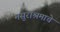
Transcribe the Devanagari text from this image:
मसुराश्रमाचे